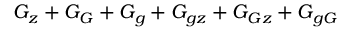
G _ { z } + G _ { G } + G _ { g } + G _ { g z } + G _ { G z } + G _ { g G }